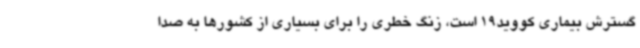
گسترش بیماری کووید19 است، زنگ خطری را برای بسیاری از کشورها به صدا